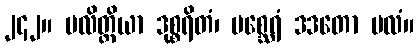
၂၄၂။ မလိတ္ထိယာ ဒုစ္စရိတံ၊ မစ္ဆေရံ ဒဒတော မလံ။